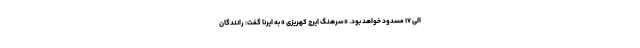
الی ۱۷ مسدود خواهد بود. «سرهنگ ایرج کهریزی » به ایرنا گفت: رانندگان